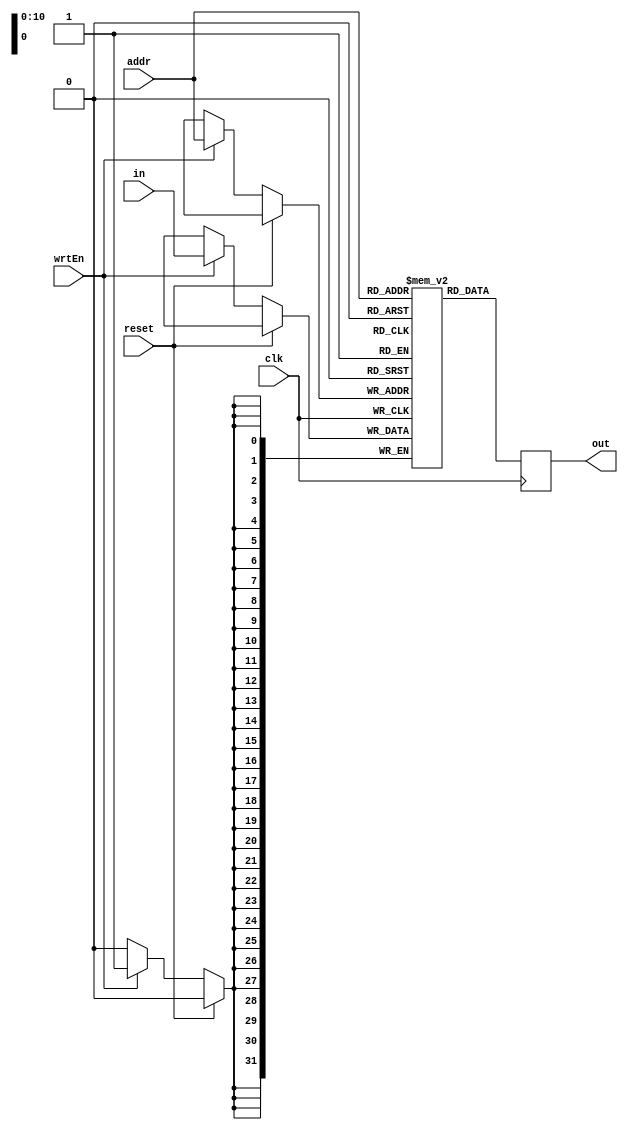
module DMemController #(
    parameter DMEMADDRBITS = 13,
    parameter DMEMWORDBITS = 2,
    parameter DMEMWORDS = 2048,
    parameter DBITS = 8 << DMEMWORDBITS
) (
    input clk,
    input reset,
    input wrtEn,
    input [DBITS - 1 : 0] in,
    input [DMEMADDRBITS - DMEMWORDBITS - 1 : 0] addr,
    output reg [DBITS - 1 : 0] out
);

    reg [DBITS - 1 : 0] data [0 : DMEMWORDS - 1];

    always @ (negedge clk) begin

        if (reset == 1'b1) begin
        end else if (wrtEn == 1'b1) begin
            data[addr] <= in;
        end

        out <= data[addr];
    end
endmodule